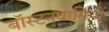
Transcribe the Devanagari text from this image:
बॉस्टनवासियों